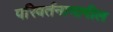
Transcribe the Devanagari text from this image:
परिवर्तनामागील